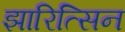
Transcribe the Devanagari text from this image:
झारित्सिन